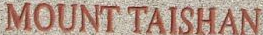
MOUNT TAISHAN